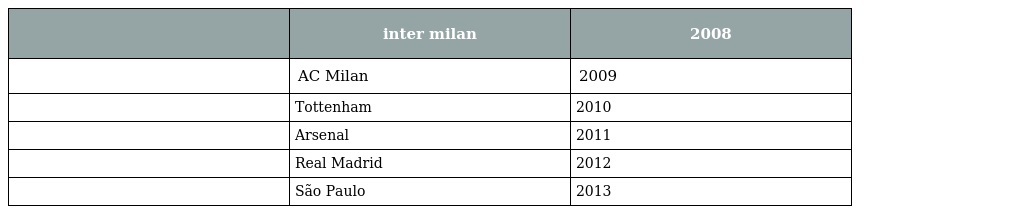
|  | inter milan | 2008 |
 | --- | --- | --- |
 |  | AC Milan | 2009 |
 |  | Tottenham | 2010 |
 |  | Arsenal | 2011 |
 |  | Real Madrid | 2012 |
 |  | São Paulo | 2013 |